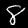
Label: 8